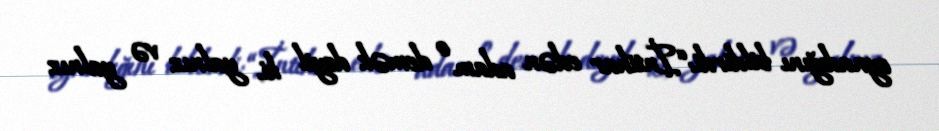
oynadığını bildirdi: “İntihar edən adam o demək deyil ki, yalnız və yalnız